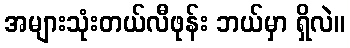
အများသုံးတယ်လီဖုန်း ဘယ်မှာ ရှိလဲ။